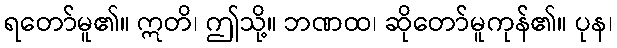
ရတော်မူ၏။ ဣတိ၊ ဤသို့။ ဘဏထ၊ ဆိုတော်မူကုန်၏။ ပုန၊